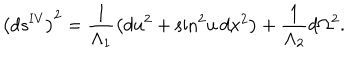
\left( d s ^ { \mathrm { I V } } \right) ^ { 2 } = \frac { 1 } { \Lambda _ { 1 } } \left( d u ^ { 2 } + \sin ^ { 2 } \! u \, d x ^ { 2 } \right) + \frac { 1 } { \Lambda _ { 2 } } d \Omega ^ { 2 } .